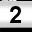
Digit: 2